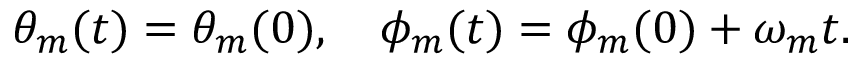
\theta _ { m } ( t ) = \theta _ { m } ( 0 ) , \quad \phi _ { m } ( t ) = \phi _ { m } ( 0 ) + \omega _ { m } t .